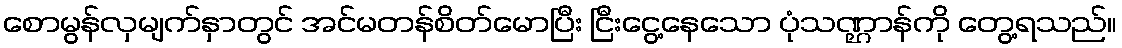
စောမွန်လှမျက်နှာတွင် အင်မတန်စိတ်မောပြီး ငြီးငွေ့နေသော ပုံသဏ္ဌာန်ကို တွေ့ရသည်။